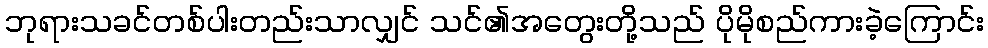
ဘုရားသခင်တစ်ပါးတည်းသာလျှင် သင်၏အတွေးတို့သည် ပိုမိုစည်ကားခဲ့ကြောင်း